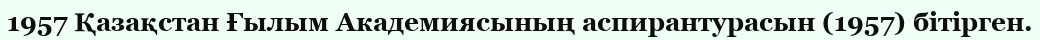
1957 Қазақстан Ғылым Академиясының аспирантурасын (1957) бітірген.